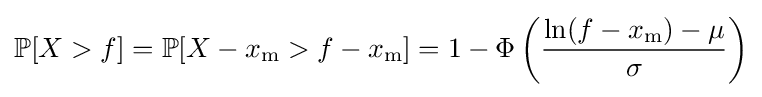
\mathbb {P} [X>f]=\mathbb {P} [X-x_{\mathrm {m} }>f-x_{\mathrm {m} }]=1-\Phi \left({\frac {\ln(f-x_{\mathrm {m} })-\mu }{\sigma }}\right)